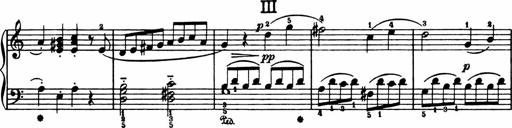
Title: Analytical Sonatinas
Composer: Frank Lynes